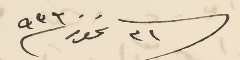
٣١ تموز ٩٣٦